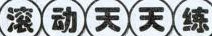
滚动天天练